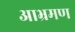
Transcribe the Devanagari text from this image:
आभ्रमण